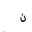
Letter: _non